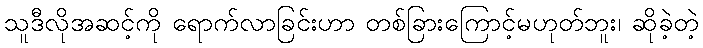
သူဒီလိုအဆင့်ကို ရောက်လာခြင်းဟာ တစ်ခြားကြောင့်မဟုတ်ဘူး၊ ဆိုခဲ့တဲ့